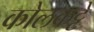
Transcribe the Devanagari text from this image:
कोलकट्टे